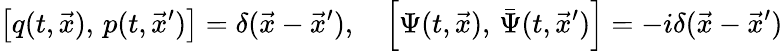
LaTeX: \left[q(t,\vec{x}),\, p(t,\vec{x}^{\prime})\right]=\delta(\vec{x}-\vec{x}^{\prime}),\quad\left[\Psi(t,\vec{x}),\, \bar{\Psi}(t,\vec{x}^{\prime})\right]=-i\delta(\vec{x}-\vec{x}^{\prime})